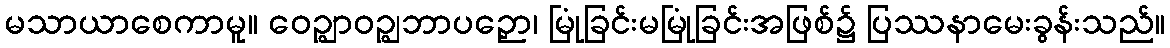
မသာယာစေကာမူ။ ဝေဉ္ဈာဝဉ္ဈဘာပဉှော၊ မြုံခြင်းမမြုံခြင်းအဖြစ်၌ ပြဿနာမေးခွန်းသည်။